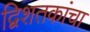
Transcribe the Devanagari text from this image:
द्विशतकांचा